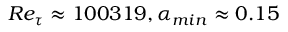
R e _ { \tau } \approx 1 0 0 3 1 9 , \alpha _ { m i n } \approx 0 . 1 5